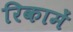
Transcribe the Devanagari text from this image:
रिकामें